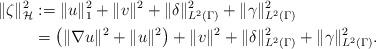
LaTeX: \begin{align*}\|\zeta\|^2_{\mathcal{H}} & := \|u\|^2_1 + \|v\|^2 + \|\delta\|^2_{L^2(\Gamma)} + \|\gamma\|^2_{L^2(\Gamma)} \\ & = \left( \|\nabla u\|^2 + \|u\|^2 \right) + \|v\|^2 + \|\delta\|^2_{L^2(\Gamma)} + \|\gamma\|^2_{L^2(\Gamma)}. \end{align*}